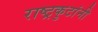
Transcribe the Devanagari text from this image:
राष्ट्रकुटांनी